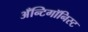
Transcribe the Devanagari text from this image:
अँन्टिगॉनिस्ट